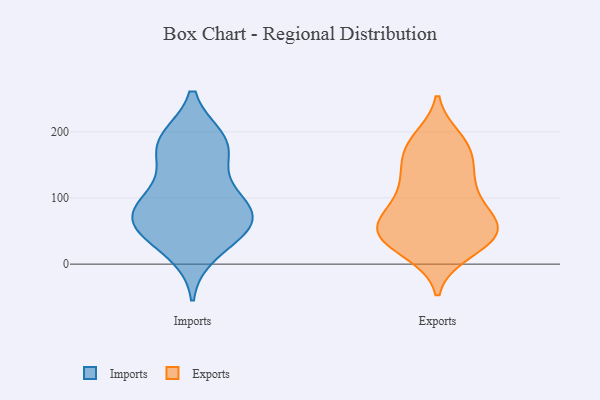
{"axis": {"x": "Active Users", "y": "Value"}, "legend": ["Exports", "Imports"], "data": [{"x": "", "y": 172, "type": "Imports"}, {"x": "", "y": 19, "type": "Imports"}, {"x": "", "y": 55, "type": "Imports"}, {"x": "", "y": 65, "type": "Imports"}, {"x": "", "y": 75, "type": "Imports"}, {"x": "", "y": 67, "type": "Imports"}, {"x": "", "y": 101, "type": "Imports"}, {"x": "", "y": 47, "type": "Imports"}, {"x": "", "y": 184, "type": "Imports"}, {"x": "", "y": 113, "type": "Imports"}, {"x": "", "y": 187, "type": "Imports"}, {"x": "", "y": 178, "type": "Imports"}, {"x": "", "y": 80, "type": "Imports"}, {"x": "", "y": 188, "type": "Exports"}, {"x": "", "y": 66, "type": "Exports"}, {"x": "", "y": 24, "type": "Exports"}, {"x": "", "y": 48, "type": "Exports"}, {"x": "", "y": 19, "type": "Exports"}, {"x": "", "y": 66, "type": "Exports"}, {"x": "", "y": 101, "type": "Exports"}, {"x": "", "y": 110, "type": "Exports"}, {"x": "", "y": 68, "type": "Exports"}, {"x": "", "y": 37, "type": "Exports"}, {"x": "", "y": 175, "type": "Exports"}, {"x": "", "y": 182, "type": "Exports"}, {"x": "", "y": 66, "type": "Exports"}, {"x": "", "y": 127, "type": "Exports"}, {"x": "", "y": 42, "type": "Exports"}, {"x": "", "y": 171, "type": "Exports"}, {"x": "", "y": 127, "type": "Exports"}, {"x": "", "y": 150, "type": "Exports"}, {"x": "", "y": 45, "type": "Exports"}, {"x": "", "y": 47, "type": "Exports"}]}